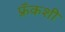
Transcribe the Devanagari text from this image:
फ्रँकशी